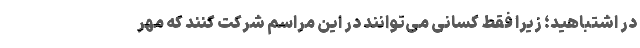
در اشتباهید؛ زیرا فقط کسانی می‌توانند در این مراسم شرکت کنند که مهر